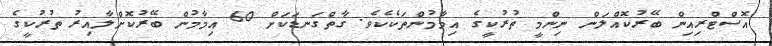
އޮސްޓްރިއިން ބޭރުކޮއްލަން ނިންމީ ތުރުކީގެ އިމާމުންތަކެކެވެ. ގާތްގަނޑަކަށް 60 އިމާމުން ބޭރުކޮށްލާއިރު ތުރުކީގެ